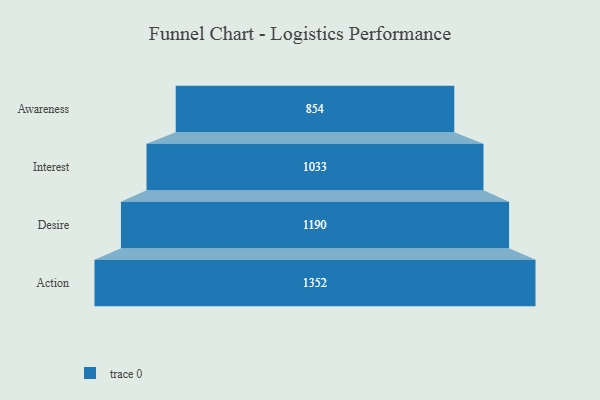
{"axis": {"x": "Stage", "y": "Value"}, "legend": [""], "data": [{"x": "Awareness", "y": 854.0, "type": ""}, {"x": "Interest", "y": 1033.0, "type": ""}, {"x": "Desire", "y": 1190.0, "type": ""}, {"x": "Action", "y": 1352.0, "type": ""}]}